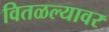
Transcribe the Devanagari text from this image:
वितळल्यावर